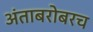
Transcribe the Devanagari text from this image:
अंताबरोबरच